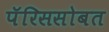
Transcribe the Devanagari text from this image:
पॅरिससोबत